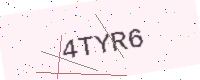
Text: 4TYR6